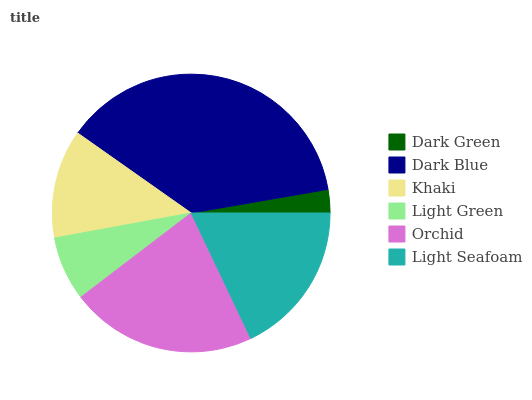
| Dark Green | Dark Blue | Khaki | Light Green | Orchid | Light Seafoam |
 | --- | --- | --- | --- | --- | --- |
 | 2.72% | 37.5% | 12.6% | 7.49% | 21.6% | 18% |